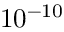
1 0 ^ { - 1 0 }